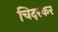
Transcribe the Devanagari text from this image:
चिदरकर